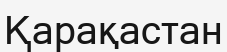
Қарақастан